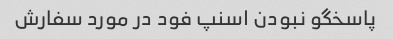
پاسخگو نبودن اسنپ فود در مورد سفارش